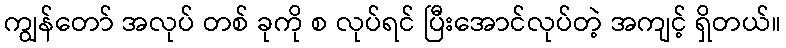
ကျွန်တော် အလုပ် တစ် ခုကို စ လုပ်ရင် ပြီးအောင်လုပ်တဲ့ အကျင့် ရှိတယ်။